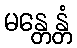
မန္တေန္တံ